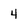
Character: 4